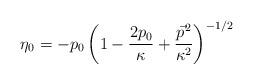
LaTeX: \begin{align*}\eta_{0}=-p_{0}\left(1-\frac{2p_{0}}{\kappa}+\frac{\vec{p}^{2}} {\kappa^{2}} \right)^{-1/2}\end{align*}